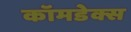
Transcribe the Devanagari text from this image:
कॉमडेक्स